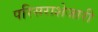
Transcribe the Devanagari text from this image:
परिसराशेजारी